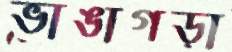
ভাঙাগড়া